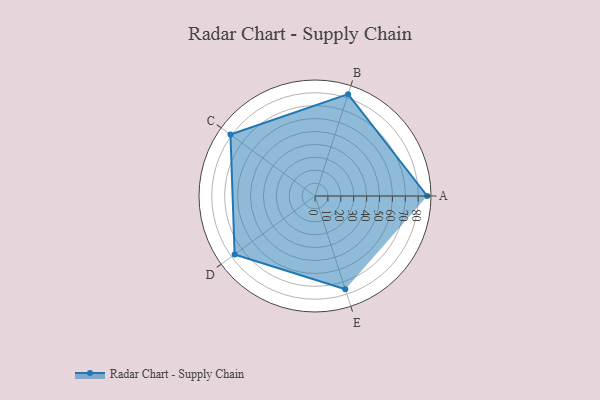
{"axis": {"x": "Skill", "y": "Score"}, "legend": ["Profile"], "data": [{"x": "A", "y": 87.0, "type": "Profile"}, {"x": "B", "y": 83.0, "type": "Profile"}, {"x": "C", "y": 81.0, "type": "Profile"}, {"x": "D", "y": 77.0, "type": "Profile"}, {"x": "E", "y": 76.0, "type": "Profile"}]}